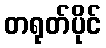
တရုတ်ပိုင်